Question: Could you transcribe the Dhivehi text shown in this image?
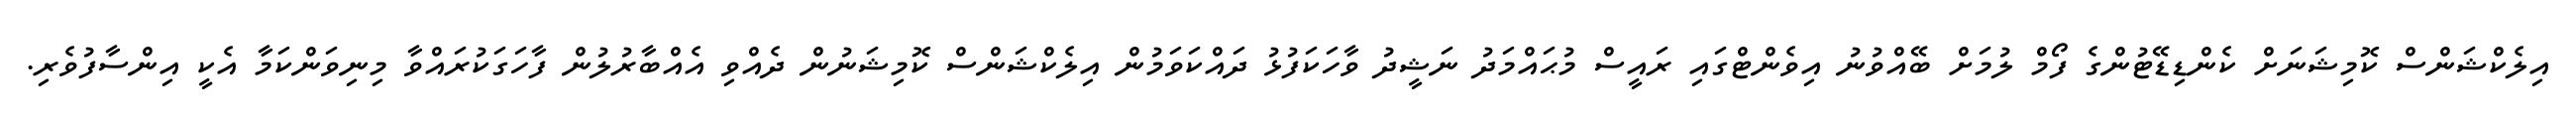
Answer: އިލެކްޝަންސް ކޮމިޝަނަށް ކެންޑިޑޭޓުންގެ ފޯމް ލުމަށް ބޭއްވުނު އިވެންޓްގައި ރައީސް މުޙައްމަދު ނަޝީދު ވާހަކަފުޅު ދައްކަވަމުން އިލެކްޝަންސް ކޮމިޝަނުން ދެއްވި އެއްބާރުލުން ފާހަގަކުރައްވާ މިނިވަންކަމާ އެކީ އިންސާފުވެރި.